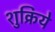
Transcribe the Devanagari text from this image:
शुक्रिये